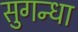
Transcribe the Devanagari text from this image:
सुगन्धा